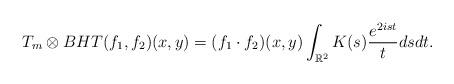
LaTeX: \begin{align*} T_{m}\otimes BHT(f_{1},f_{2})(x,y)=(f_{1}\cdot f_{2})(x,y)\int_{\mathbb{R}^{2}}K(s)\frac{e^{2ist}}{t}dsdt.\end{align*}